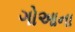
ગોઆના